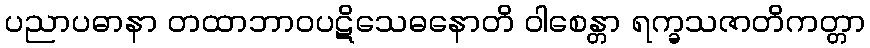
ပညာပဓာနာ တထာဘာဝပဋိသေဓနောတိ ဝါစေန္တာ ရက္ခသဇာတိကတ္တာ